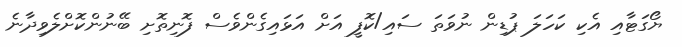
ޔޯގަޓާއި އެކި ކަހަލަ ޕުޑިން ނުވަތަ ސައި/ކޮފީ އަށް އަޅައިގެންވެސް ފޮނިތޮށި ބޭނުންކޮށްލެވިދާނެ